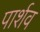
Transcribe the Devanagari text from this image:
पार्शव